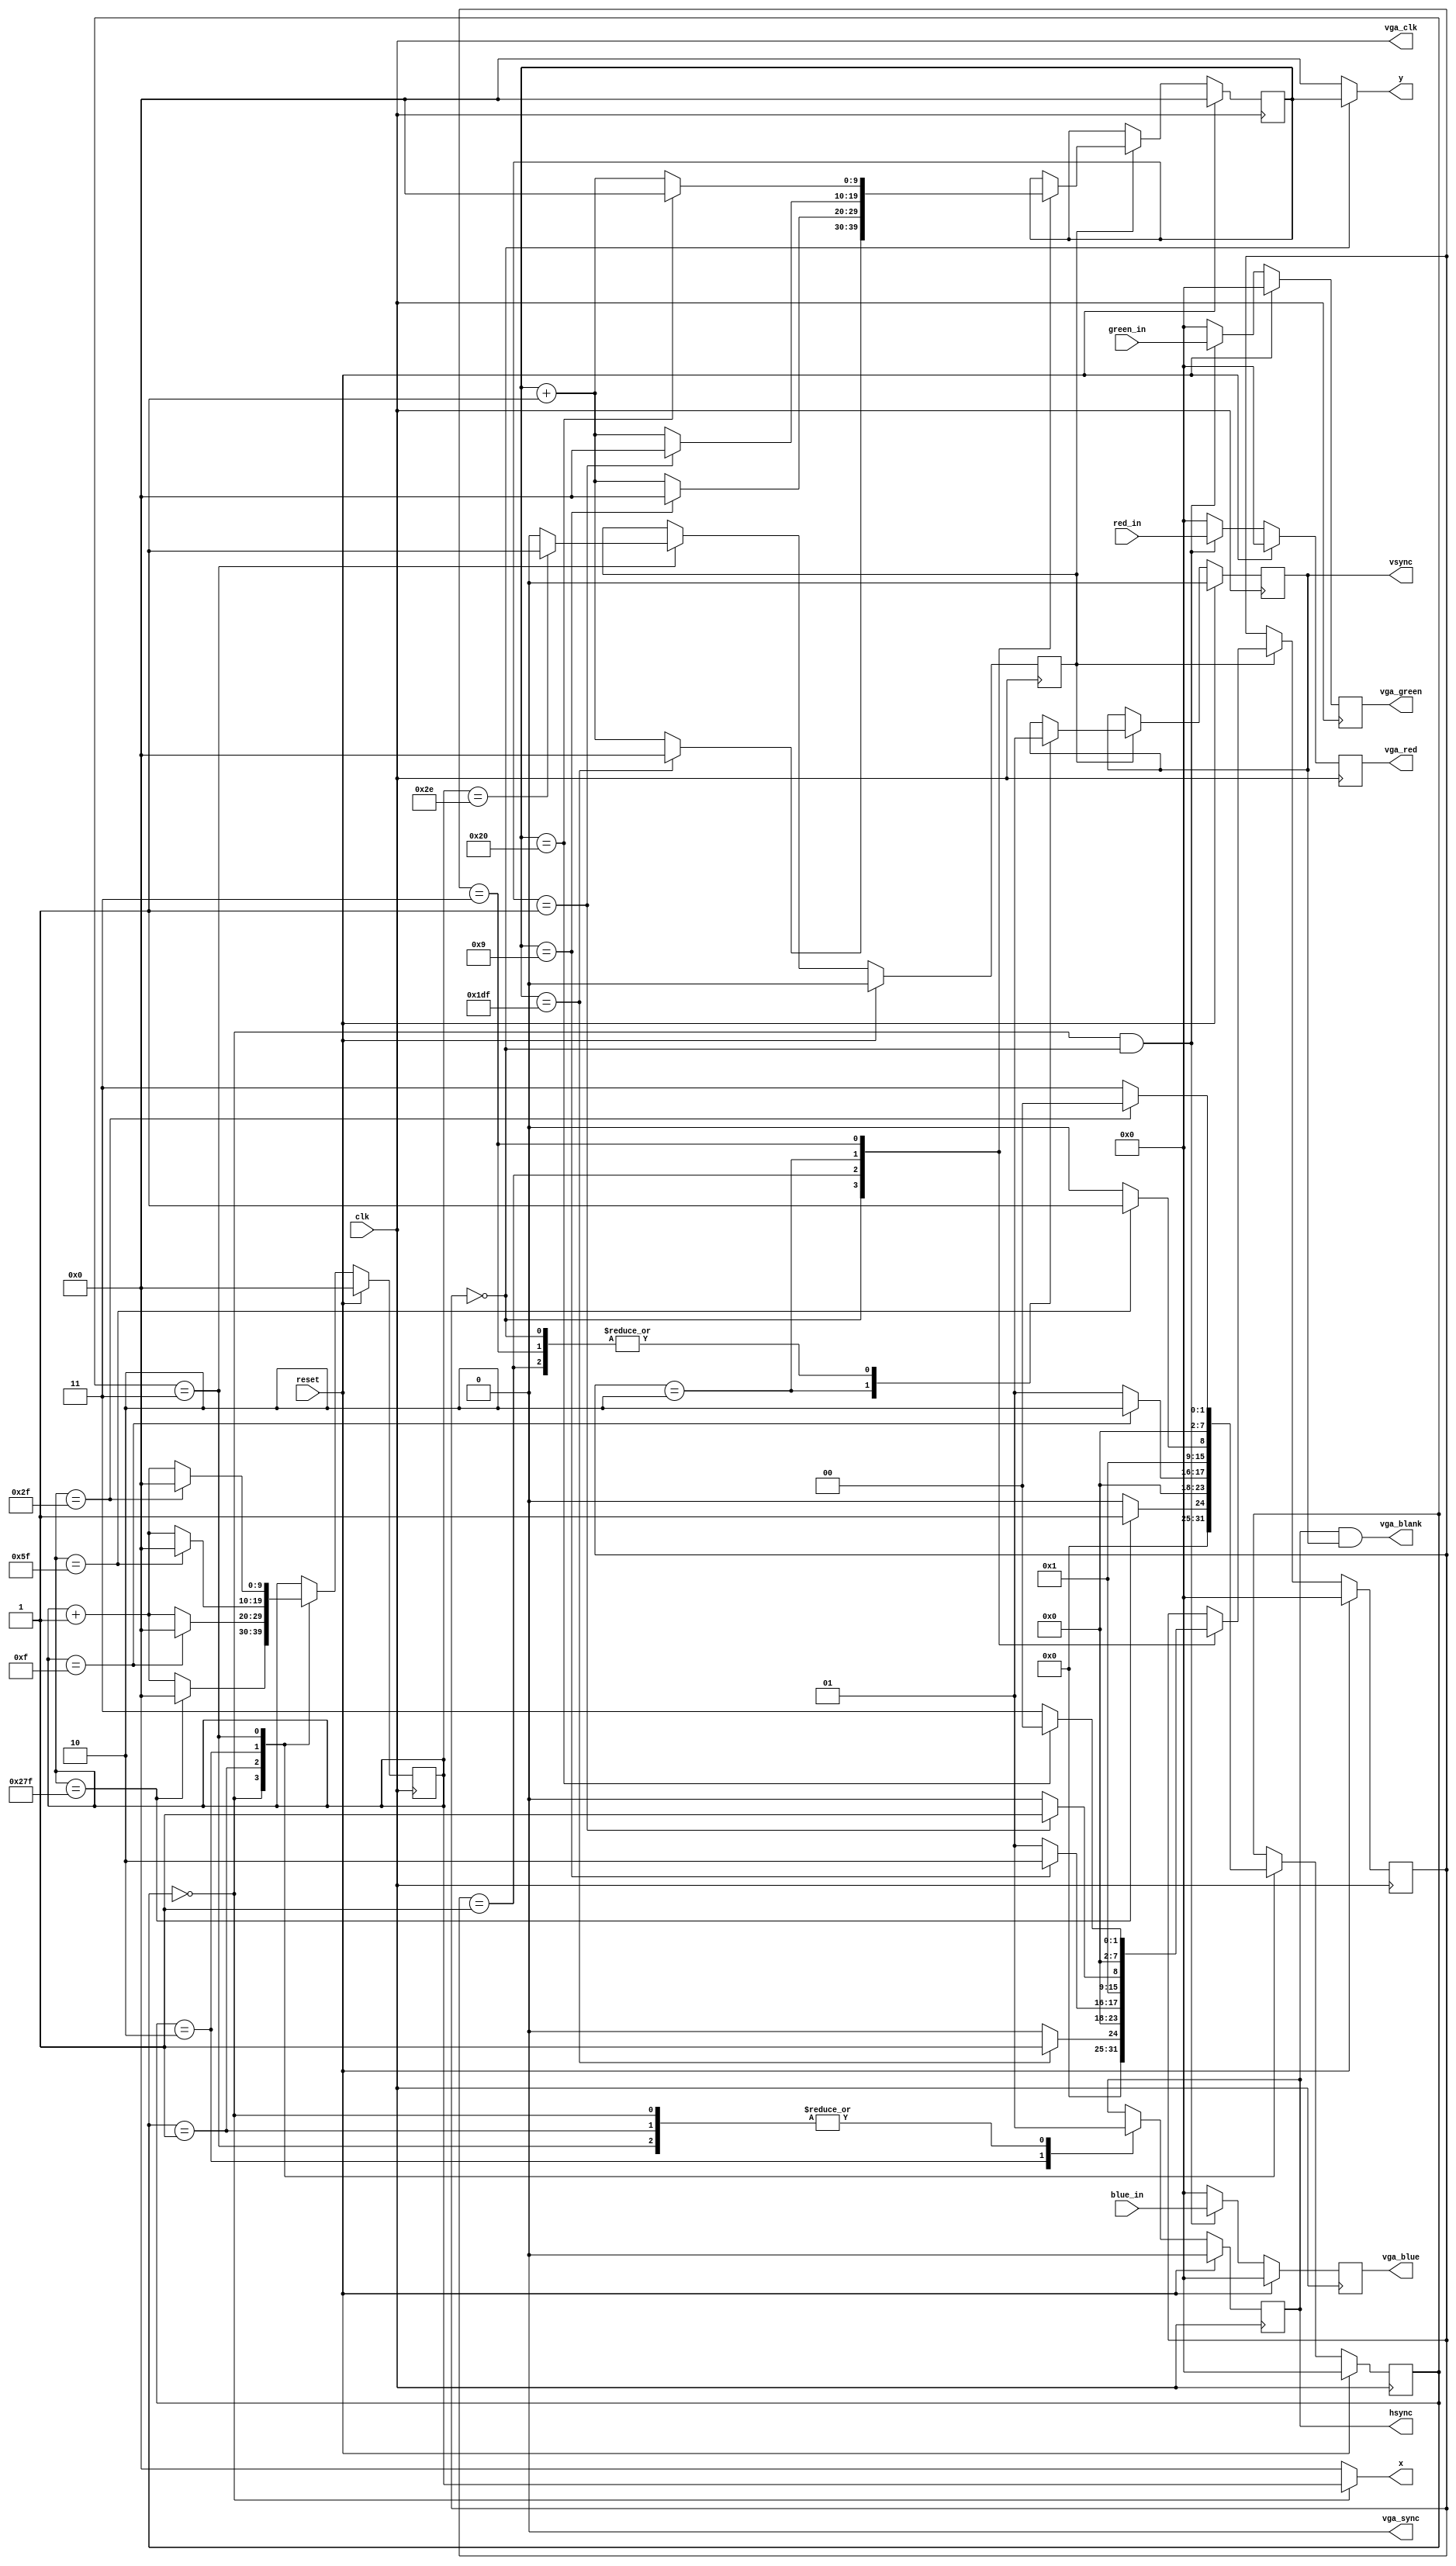
module VGADriver (
    input wire clk,  // 25 MHz
    input wire reset,
    input [7:0] red_in, 
    input [7:0] green_in, 
    input [7:0] blue_in,

    output [9:0] x,  // next x pixel
    output [9:0] y,  // next y pixel

    output vga_sync,
    output vga_clk,
    output vga_blank,
    output wire hsync,
    output wire vsync,

    output [7:0] vga_red, 
    output [7:0] vga_green, 
    output [7:0] vga_blue
);

	// Horizontal parameters (measured in clock cycles)
	parameter H_ACTIVE	= 639;// Active video horizontal length
	parameter H_FRONT		= 15;	// Horizontal front porch length
	parameter H_PULSE		= 95;	// Horizontal sync pulse width
	parameter H_BACK		= 47;	// Horizontal back porch length

	// Vertical parameters (measured in lines)
	parameter V_ACTIVE	= 479;// Active video vertical height
	parameter V_FRONT		= 9;	// Vertical front porch length
	parameter V_PULSE		= 1;	// Vertical sync pulse width
	parameter V_BACK		= 32;	// Vertical back porch length
	
    // Internal registers for output and state
    reg hsync_reg, vsync_reg;
    reg [7:0] red_reg, green_reg, blue_reg;
    reg [9:0] h_counter, v_counter;
    reg [7:0] h_state, v_state;
    reg show;

    // Main VGA control process
    always @(posedge clk) begin
        if (reset)	begin
            // Initialize registers on reset
            h_counter <= 0; v_counter <= 0;
            h_state <= 8'd0; v_state <= 8'd0;
            show <= 1'b0;
            hsync_reg <= 1'b0;
            vsync_reg <= 1'b0;
            red_reg <= 0;
            green_reg <= 0;
            blue_reg <= 0;
        end
		  else	begin
            // Process horizontal states
            process_horizontal_state();
            // Process vertical states
            // Process vertical states
            process_vertical_state();
            // Assign colors based on current state
            assign_colors();
        end
    end

    // Separate tasks for clarity
    task process_horizontal_state;
        case (h_state)
            8'd0: h_active();
            8'd1:  h_front();
            8'd2:  h_pulse();
            8'd3:   h_back();
        endcase
    endtask

    task process_vertical_state;
        if (show == 1'b1) begin
            case (v_state)
                8'd0: v_active();
                8'd1:  v_front();
                8'd2:  v_pulse();
                8'd3:   v_back();
            endcase
        end
    endtask

    task h_active;
        h_counter <= (h_counter == H_ACTIVE) ? 0 : h_counter + 1;
        hsync_reg <= 1'b1;
        h_state <= (h_counter == H_ACTIVE) ? 8'd1 : 8'd0;
    endtask

    task h_front;
        h_counter <= (h_counter == H_FRONT) ? 0 : h_counter + 1;
        hsync_reg <= 1'b1;
        h_state <= (h_counter == H_FRONT) ? 8'd2 : 8'd1;
    endtask

    task h_pulse;
        h_counter <= (h_counter == H_PULSE) ? 0 : h_counter + 1;
        hsync_reg <= 1'b0;
        h_state <= (h_counter == H_PULSE) ? 8'd3 : 8'd2;
    endtask

    task h_back;
        h_counter <= (h_counter == H_BACK) ? 0 : h_counter + 1;
        hsync_reg <= 1'b1;
        h_state <= (h_counter == H_BACK) ? 8'd0 : 8'd3;
        show <= (h_counter == (H_BACK - 1)) ? 1'b1 : 1'b0;
    endtask

    task v_active;
        v_counter <= (v_counter == V_ACTIVE) ? 0 : v_counter + 1;
        vsync_reg <= 1'b1;
        v_state <= (v_counter == V_ACTIVE) ? 8'd1 : 8'd0;
    endtask

    task v_front;
        v_counter <= (v_counter == V_FRONT) ? 0 : v_counter + 1;
        vsync_reg <= 1'b1;
        v_state <= (v_counter == V_FRONT) ? 8'd2 : 8'd1;
    endtask

    task v_pulse;
        v_counter <= (v_counter == V_PULSE) ? 0 : v_counter + 1;
        vsync_reg <= 1'b0;
        v_state <= (v_counter == V_PULSE) ? 8'd3 : 8'd2;
    endtask

    task v_back;
        v_counter <= (v_counter == V_BACK) ? 0 : v_counter + 1;
        vsync_reg <= 1'b1;
        v_state <= (v_counter == V_BACK) ? 8'd0 : 8'd3;
    endtask

    task assign_colors;
        if (h_state == 8'd0 && v_state == 8'd0) begin
            red_reg   <= red_in;
            green_reg <= green_in;
            blue_reg  <= blue_in;
        end else begin
            red_reg <= 0; green_reg <= 0; blue_reg <= 0;
        end
    endtask

    // Continuous assignments for VGA output signals
    assign hsync = hsync_reg;
    assign vsync = vsync_reg;
    assign vga_red = red_reg;
    assign vga_green = green_reg;
    assign vga_blue = blue_reg;
    assign vga_clk = clk;
    assign vga_sync = 1'b0;
    assign vga_blank = hsync_reg && vsync_reg;
    assign x = (h_state == 8'd0) ? h_counter : 10'd0;
    assign y = (v_state == 8'd0) ? v_counter : 10'd0;

endmodule